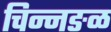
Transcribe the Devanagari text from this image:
चिन्नङळ